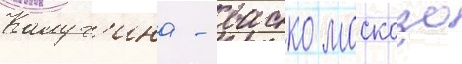
Калуг'ина - васко москозо